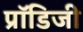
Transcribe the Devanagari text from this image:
प्रॉडिजी